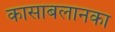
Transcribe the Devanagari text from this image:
कासाबलानका